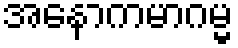
အနောကမာဂမ္မ